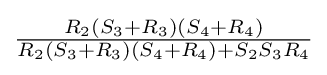
{\tfrac {R_{2}(S_{3}+R_{3})(S_{4}+R_{4})}{R_{2}(S_{3}+R_{3})(S_{4}+R_{4})+S_{2}S_{3}R_{4}}}